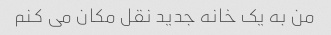
من به یک خانه جدید نقل مکان می کنم